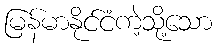
မြန်မာနိုင်ငံကဲ့သို့သော